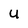
Character: U